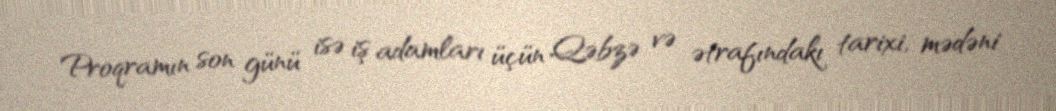
Proqramın son günü isə iş adamları üçün Qəbzə və ətrafındakı tarixi, mədəni